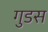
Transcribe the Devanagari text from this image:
गुडस